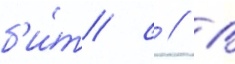
б'и́т/ с // В